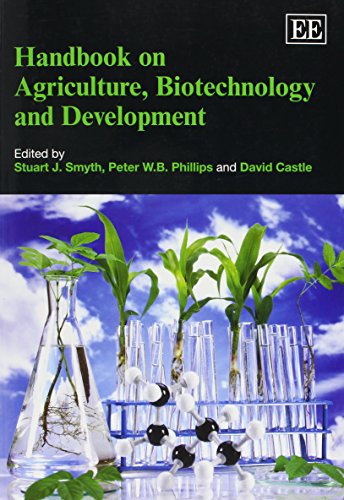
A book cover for Handbook on Agriculture, Biotechnology and Development; Stuart J. Smyth; Business & Money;